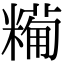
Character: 𥼓